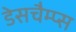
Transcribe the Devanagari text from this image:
डेसचैम्प्स